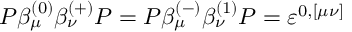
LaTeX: P \beta _ { \mu } ^ { ( 0 ) } \beta _ { \nu } ^ { ( + ) } P = P \beta _ { \mu } ^ { ( - ) } \beta _ { \nu } ^ { ( 1 ) } P = \varepsilon ^ { 0 , [ \mu \nu ] }